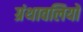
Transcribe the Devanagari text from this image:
ग्रंथावलियों